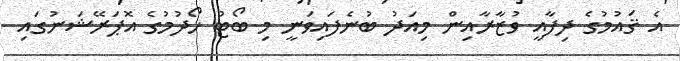
އެ ޤައުމުގެ ދިފާއީ ވުޒާރާއިން މިއަދު ބުނެފައިވަނީ މި ބޯޓު ހޯދުމުގެ އޮޕަރޭޝަނުގައި